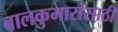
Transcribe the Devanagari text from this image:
बालकुमारांसाठी